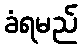
ခံရမည်